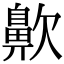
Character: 𪖗